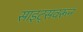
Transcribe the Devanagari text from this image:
साइट्सवरून